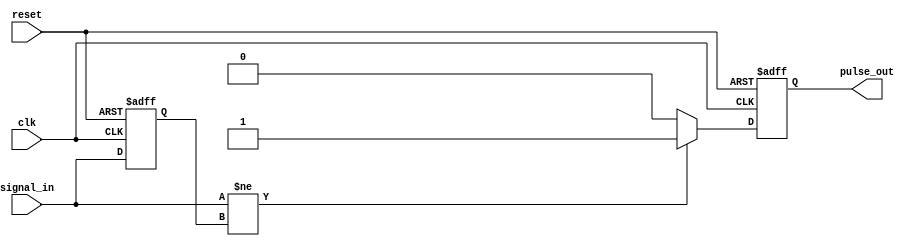
module pulse_edge_detector (
    input wire clk,          // Clock signal
    input wire reset,        // Asynchronous reset signal
    input wire signal_in,    // Digital input signal
    output reg pulse_out     // Output pulse signal
);

    // Internal signal to store the previous state of the input signal
    reg previous_signal;

    // Sequential logic to detect edges on the clock's rising edge
    always @(posedge clk or posedge reset) begin
        if (reset) begin
            previous_signal <= 1'b0;  // Initialize previous state
            pulse_out <= 1'b0;        // Clear the output pulse
        end else begin
            // Detect rising and falling edges
            if (signal_in != previous_signal) begin
                pulse_out <= 1'b1;      // Set pulse output high on edge detection
            end else begin
                pulse_out <= 1'b0;      // Reset pulse output low if no edge detected
            end
            previous_signal <= signal_in; // Update previous state
        end
    end

endmodule